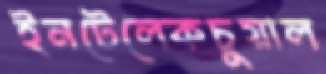
ইনটেলেকচুয়াল